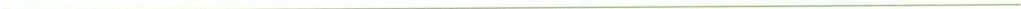
___